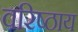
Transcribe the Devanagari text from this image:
वरिष्ठाय